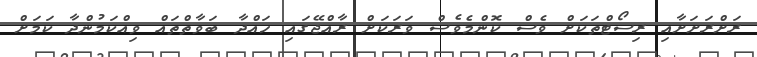
ރަށްރަށަށާއި ރިސޯޓްތަކަށް ވެސް ކޮންމެވެސް ވަރަކަށް ރާއްޖޭގައި ހައްދާ ބަވާތްތައް ވިއްކަމުންދާ ކަމަށް